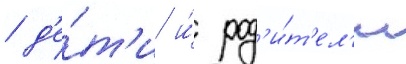
/ д'е́т'и и́ род'и́т'ел'и